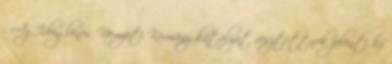
- Az Ideiglenes Nemzeti Kormány hatályát vesztettnek jelenti ki